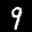
Label: 9